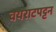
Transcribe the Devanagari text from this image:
वयराटपट्टन